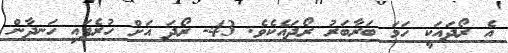
އެ ރޯދައަކީ ހަމަ ބަރާބަރު ރޯދައެކެވެ. 43- ރޯދަ އަށް ހުރެފައި ހަނދާން